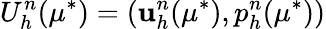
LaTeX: U_{h}^{n}(\mu^{*})=(\textbf{u}_{h}^{n}(\mu^{*}),p_{h}^{n}(\mu^{*}))